Report on vaccination in the Province of Bengal - 1874-1889
Year: 1874
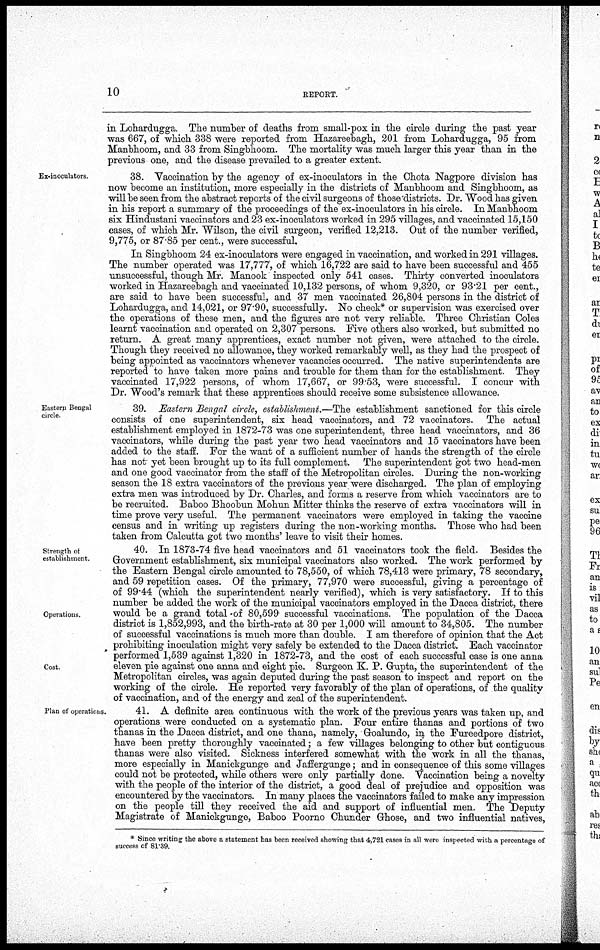
10
REPORT.
in Lohardugga The number of deaths from small-pox in the circle during the past year
was 667, of which 338 were reported from Hazareebagh, 201 from Lohardugga, 95 from
Manbhoom, and 33 from Singbhoom. The mortality was much larger this year than in the
previous one, and the disease prevailed to a greater extent.
Ex-inoculators.
38. Vaccination by the agency of ex-inoculators in the Chota Nagpore division has
now become an institution, more especially in the districts of Manbhoom and Singbhoom, as
will be seen from the abstract reports of the civil surgeons of those districts. Dr. Wood has given
in his report a summary of the proceedings of the ex-inoculators in his circle. In Manbhoom
six Hindustani vaccinators and 23 ex-inoculators worked in 295 villages, and vaccinated 15,150
cases, of which Mr. Wilson, the civil surgeon, verified 12,213. Out of the number verified,
9,775, or 87.85 per cent., were successful.
In Singbhoom 24 ex-inoculators were engaged in vaccination, and worked in 291 villages.
The number operated was 17,777, of which 16,722 are said to have been successful and 455
unsuccessful, though Mr. Manook inspected only 541 cases. Thirty converted inoculators
worked in Hazareebagh and vaccinated 10,132 persons, of whom 9,320, or 93.21 per cent.,
are said to have been successful, and 37 men vaccinated 26,804 persons in the district of
Lohardugga, and 14,021, or 97.90, successfully. No check* or supervision was exercised over
the operations of these men, and the figures are not very reliable. Three Christian Coles
learnt vaccination and operated on 2,307 persons. Five others also worked, but submitted no
return. A great many apprentices, exact number not given, were attached to the circle.
Though they received no allowance, they worked remarkably well, as they had the prospect of
being appointed as vaccinators whenever vacancies occurred. The native superintendents are
reported to have taken more pains and trouble for them than for the establishment. They
vaccinated 17,922 persons, of whom 17,667, or 99.53, were successful. I concur with
Dr. "Wood's remark that these apprentices should receive some subsistence allowance.
Eastern Bengal
circle.
39. Eastern Bengal circle, establishment.—The establishment sanctioned for this circle
consists of one superintendent, six head vaccinators, and 72 vaccinators. The actual
establishment employed in 1872-73 was one superintendent, three head vaccinators, and 36
vaccinators, while during the past year two head vaccinators and 15 vaccinators have been
added to the staff. For the want of a sufficient number of hands the strength of the circle
has not yet been brought up to its full complement. The superintendent got two head-men
and one good vaccinator from the staff of the Metropolitan circles. During the non-working
season the 18 extra vaccinators of the previous year were discharged. The plan of employing
extra men was introduced by Dr. Charles, and forms a reserve from which vaccinators are to
be recruited. Baboo Bhoobun Mohun Mitter thinks the reserve of extra vaccinators will in
time prove very useful. The permanent vaccinators were employed in taking the vaccine
census and in writing up registers during the non-working months. Those who had been
taken from Calcutta got two months' leave to visit their homes.
Strength of
establishment
Operations
Cost
40. In 1873-74 five head vaccinators and 51 vaccinators took the field. Besides the
Government establishment, six municipal vaccinators also worked. The work performed by
the Eastern Bengal circle amounted to 78,550, of which 78,413 were primary, 78 secondary,
and 59 repetition cases. Of the primary, 77,970 were successful, giving a percentage of
of 99.44 (which the superintendent nearly verified), which is very satisfactory. If to this
number be added the work of the municipal vaccinators employed in the Dacca district, there
would be a grand total of 80,599 successful vaccinations. The population of the Dacca
district is 1,852,993, and the birth-rate at 30 per 1,000 will amount to 34,805. The number
of successful vaccinations is much more than double. I am therefore of opinion that the Act
prohibiting inoculation might very safely be extended to the Dacca district. Each vaccinator
performed 1,539 against 1,320 in 1872-73, and the cost of each successful case is one anna
eleven pie against one anna and eight pie. Surgeon K. P. Gupta, the superintendent of the
Metropolitan circles, was again deputed during the past season to inspect and report on the
working of the circle. He reported very favorably of the plan of operations, of the quality
of vaccination, and of the energy and zeal of the superintendent.
Plan of operations.
41. A definite area continuous with the work of the previous years was taken up, and
operations were conducted on a systematic plan. Four entire thanas and portions of two
thanas in the Dacca district, and one thana, namely, Goalundo, in the Fureedpore district,
have been pretty thoroughly vaccinated; a few villages belonging to other but contiguous
thanas were also visited. Sickness interfered somewhat with the work in all the thanas,
more especially in Manickgunge and Jaffergunge; and in consequence of this some villages
could not be protected, while others were only partially done. Vaccination being a novelty
with the people of the interior of the district, a good deal of prejudice and opposition was
encountered by the vaccinators. In many places the vaccinators failed to make any impression
on the people till they received the aid and support of influential men. The Deputy
Magistrate of Manickgunge, Baboo Poorno Chunder Ghose, and two influential natives,
* Since writing the above a statement has been received showing that 4,721 cases in all were inspected with a percentage of
success of 81.39